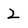
Character: 2